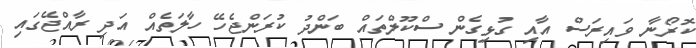
ކޮރޯނާ ވައިރަސް އާއި ގުޅިގެން ސްކޫލްތައް ބަންދު ކުރަންޖެހޭ ހާލަތެއް އަދި ރާއްޖޭގައި